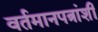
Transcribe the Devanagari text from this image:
वर्तमानपत्रांशी